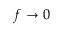
f \to 0